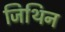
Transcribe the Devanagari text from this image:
जिथिन